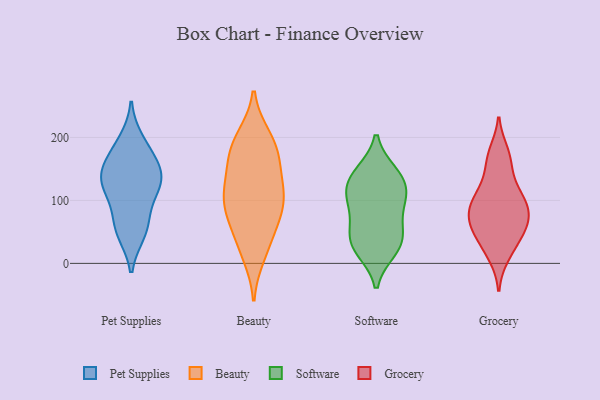
{"axis": {"x": "Gross Profit (USD K)", "y": "Value"}, "legend": ["Beauty", "Grocery", "Pet Supplies", "Software"], "data": [{"x": "", "y": 124, "type": "Pet Supplies"}, {"x": "", "y": 54, "type": "Pet Supplies"}, {"x": "", "y": 194, "type": "Pet Supplies"}, {"x": "", "y": 70, "type": "Pet Supplies"}, {"x": "", "y": 175, "type": "Pet Supplies"}, {"x": "", "y": 159, "type": "Pet Supplies"}, {"x": "", "y": 137, "type": "Pet Supplies"}, {"x": "", "y": 126, "type": "Pet Supplies"}, {"x": "", "y": 112, "type": "Pet Supplies"}, {"x": "", "y": 49, "type": "Pet Supplies"}, {"x": "", "y": 143, "type": "Pet Supplies"}, {"x": "", "y": 14, "type": "Beauty"}, {"x": "", "y": 82, "type": "Beauty"}, {"x": "", "y": 28, "type": "Beauty"}, {"x": "", "y": 197, "type": "Beauty"}, {"x": "", "y": 109, "type": "Beauty"}, {"x": "", "y": 91, "type": "Beauty"}, {"x": "", "y": 105, "type": "Beauty"}, {"x": "", "y": 78, "type": "Beauty"}, {"x": "", "y": 129, "type": "Beauty"}, {"x": "", "y": 172, "type": "Beauty"}, {"x": "", "y": 175, "type": "Beauty"}, {"x": "", "y": 125, "type": "Beauty"}, {"x": "", "y": 200, "type": "Beauty"}, {"x": "", "y": 51, "type": "Beauty"}, {"x": "", "y": 167, "type": "Beauty"}, {"x": "", "y": 106, "type": "Software"}, {"x": "", "y": 130, "type": "Software"}, {"x": "", "y": 54, "type": "Software"}, {"x": "", "y": 116, "type": "Software"}, {"x": "", "y": 21, "type": "Software"}, {"x": "", "y": 144, "type": "Software"}, {"x": "", "y": 102, "type": "Software"}, {"x": "", "y": 144, "type": "Software"}, {"x": "", "y": 31, "type": "Software"}, {"x": "", "y": 84, "type": "Software"}, {"x": "", "y": 49, "type": "Software"}, {"x": "", "y": 25, "type": "Software"}, {"x": "", "y": 165, "type": "Grocery"}, {"x": "", "y": 68, "type": "Grocery"}, {"x": "", "y": 162, "type": "Grocery"}, {"x": "", "y": 119, "type": "Grocery"}, {"x": "", "y": 86, "type": "Grocery"}, {"x": "", "y": 22, "type": "Grocery"}, {"x": "", "y": 91, "type": "Grocery"}, {"x": "", "y": 91, "type": "Grocery"}, {"x": "", "y": 13, "type": "Grocery"}, {"x": "", "y": 45, "type": "Grocery"}, {"x": "", "y": 175, "type": "Grocery"}, {"x": "", "y": 115, "type": "Grocery"}, {"x": "", "y": 72, "type": "Grocery"}, {"x": "", "y": 55, "type": "Grocery"}, {"x": "", "y": 105, "type": "Grocery"}, {"x": "", "y": 70, "type": "Grocery"}, {"x": "", "y": 45, "type": "Grocery"}]}